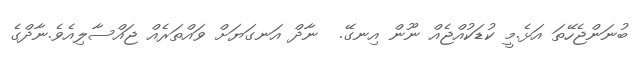
ބުނަންޖެހޭތަ އަޅެ.މީ ކުޑަކުއްޖެއް ނޫން އިނގޭ.  ނާދް އަނގަޔަށް ވައްތަރެއް ޖައްސާލިއެވެ.ނާދްގެ